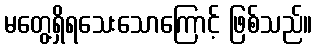
မတွေ့ရှိရသေးသောကြောင့် ဖြစ်သည်။